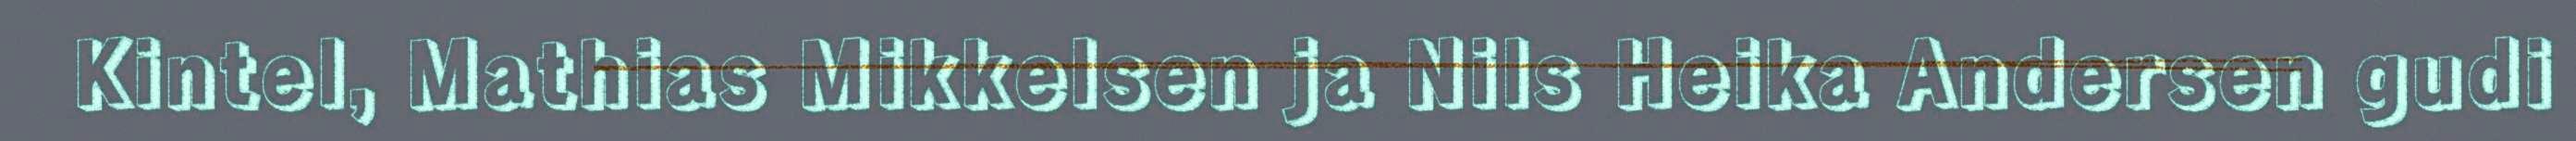
Kintel, Mathias Mikkelsen ja Nils Heika Andersen gudi